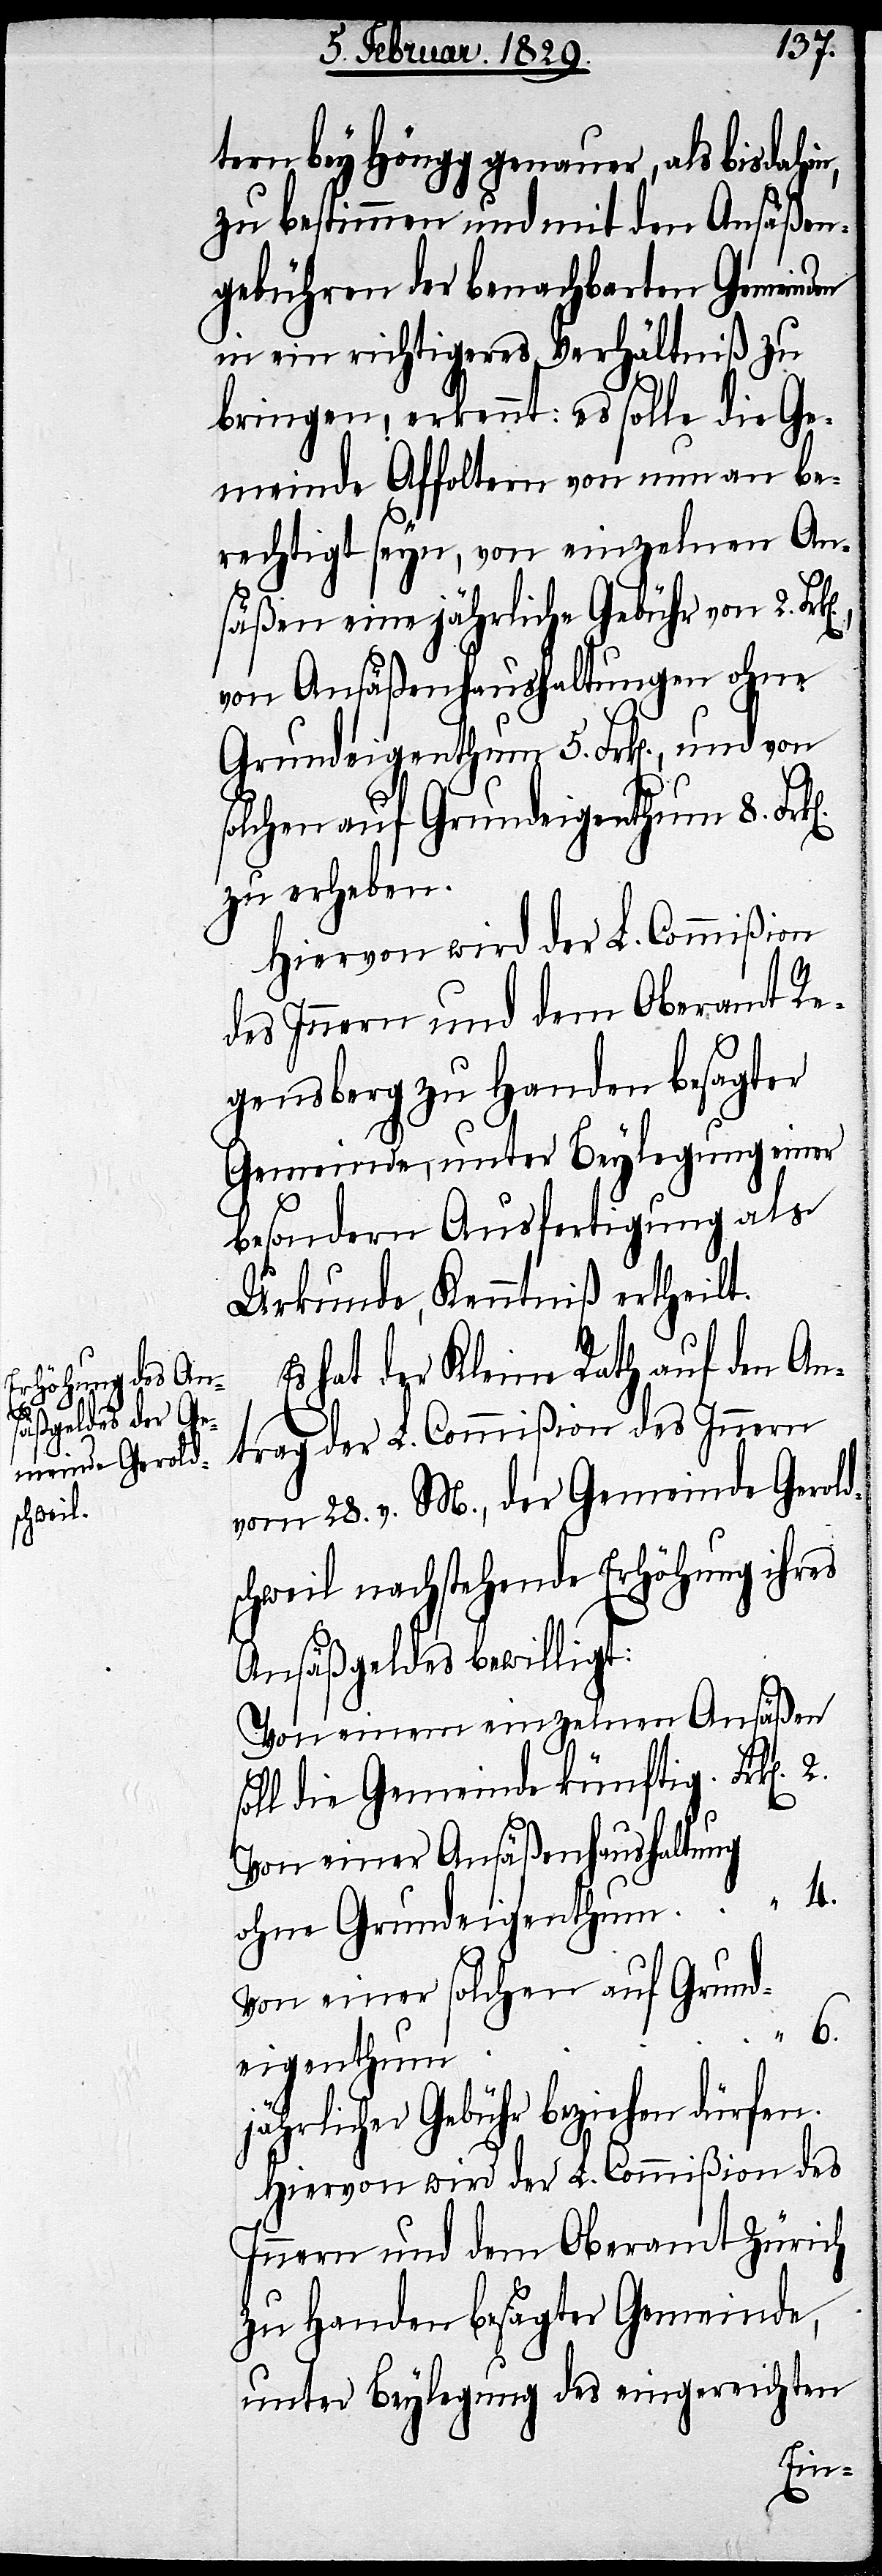
tern bey Höngg genauer, als bisdahin,
zu bestimmen und mit den Ansäßen¬
gebühren der benachbarten Gemeinden
in ein richtigeres Verhältniß zu
bringen, erkennt: es solle die Ge¬
meinde Affoltern von nun an be¬
rechtigt seyn, von einzelnen An¬
säßen eine jährliche Gebühr von 2.
von Ansäßenhaushaltungen ohne
Grundeigenthum 5. Frk[en]., und von
solchen auf Grundeigenthum 8.
zu erheben.
Hiervon wird der L. Commißion
des Innern und dem Oberamt Re¬
gensberg zu Handen besagter
Gemeinde, unter Beylegung einer
besondern Ausfertigung als
Urkunde, Kenntniß gegeben.
Es hat der Kleine Rath auf den An¬
trag der L. Commißion des Innern
vom 28. v. M., der Gemeinde Gerold¬
schweil nachstehende Erhöhung ihres
Ansäßengeldes bewilligt:
Von einem einzelnen Ansäßen
soll die Gemeinde künftig Frk[en].
Von einer Ansäßenhaushaltung
ohne Grundeigenthum “ 4.
Von einer solchen auf Grund¬
6.
eigenthum
jährliche Gebühr beziehen dürfen.
Hiervon wird der L. Commißion des
Innern und dem Oberamt Zürich
zu Handen besagter Gemeinde,
unter Beylegung des eingereichten